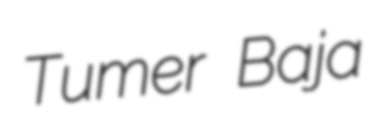
Tumer Baja